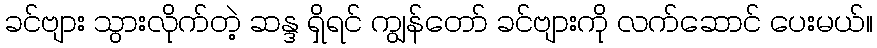
ခင်ဗျား သွားလိုက်တဲ့ ဆန္ဒ ရှိရင် ကျွန်တော် ခင်ဗျားကို လက်ဆောင် ပေးမယ်။